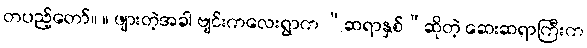
တပည့်တော်။ ။ ဖျားတဲ့အခါ ဗျင်းကလေးရွာက “ဆရာနှစ်”ဆိုတဲ့ ဆေးဆရာကြီးက